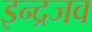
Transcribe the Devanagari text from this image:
इन्द्रजव